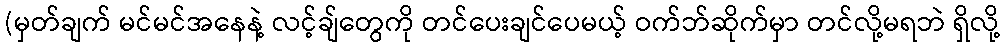
(မှတ်ချက် မင်မင်အနေနဲ့ လင့်ချ်တွေကို တင်ပေးချင်ပေမယ့် ဝက်ဘ်ဆိုက်မှာ တင်လို့မရဘဲ ရှိလို့